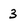
Character: 3